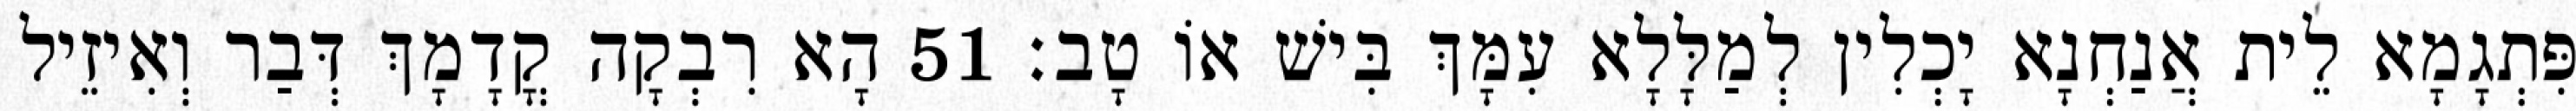
פִּתְגָמָא לֵית אֲנַחְנָא יָכְלִין לְמַלָּלָא עִמָּךְ בִּישׁ אוֹ טָב׃ 51 הָא רִבְקָה קֳדָמָךְ דְּבַר וְאִיזֵיל